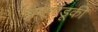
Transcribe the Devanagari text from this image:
ब्रम्हमंडूकी